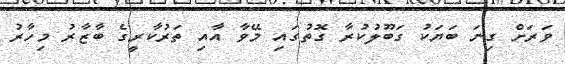
ވަރަށް ގިނަ ބަޔަކު ގަބޫލުކުރާ ގޮތުގައި މޭވާ އާއި ތަރުކާރީގެ ބާޒާރު މިހާރު